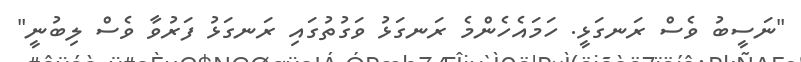
"ނަސީބު ވެސް ރަނގަޅީ. ހަމައެހެންމެ ރަނގަޅު ވަގުތުގައި ރަނގަޅު ފަރުވާ ވެސް ލިބުނީ"